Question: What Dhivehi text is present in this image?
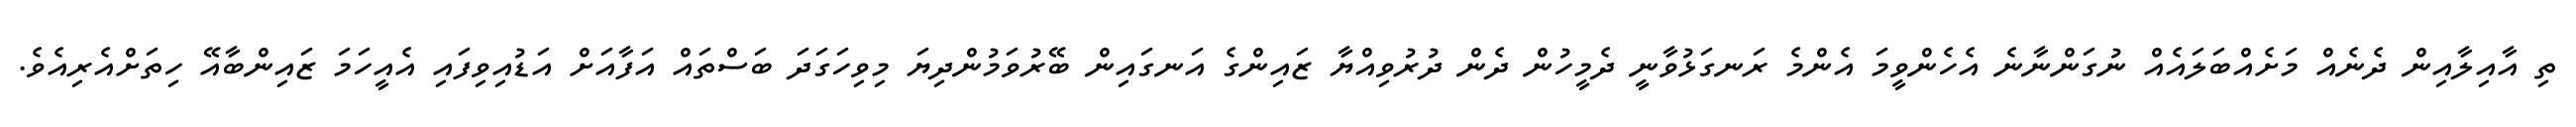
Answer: ތި އާއިލާއިން ދެނެއް މަށެއްބަލައެއް ނުގަންނާނެ އެހެންވީމަ އެންމެ ރަނގަޅުވާނީ ދެމީހުން ދެން ދުރުވިއްޔާ ޒައިންގެ އަނގައިން ބޭރުވަމުންދިޔަ މިވިހަގަދަ ބަސްތައް އަފާއަށް އަޑުއިވިފައި އެއީހަމަ ޒައިންބާއޭ ހިތަށްއެރިއެވެ.